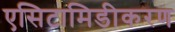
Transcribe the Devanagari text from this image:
एसिटामिडीकरण